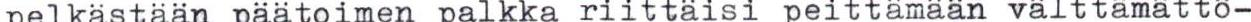
pelkästään päätoimen palkka riittäisi peittämään välttämättö-